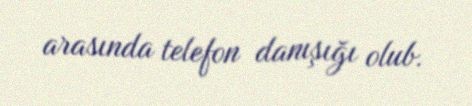
arasında telefon danışığı olub.